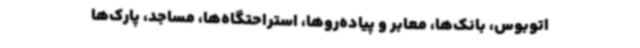
اتوبوس، بانک‌ها، معابر و پیاده‌روها، استراحتگاه‌ها، مساجد، پارک‌ها